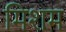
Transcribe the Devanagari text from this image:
मिशम